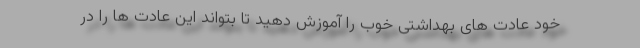
خود عادت های بهداشتی خوب را آموزش دهید تا بتواند این عادت ها را در